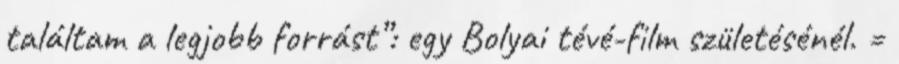
találtam a legjobb forrást”: egy Bolyai tévé-film születésénél. =